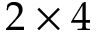
2 \times 4